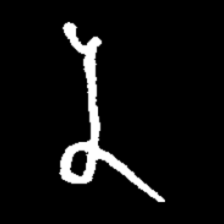
Pyu character \u2014 Myanmar letter: န (romanized: na)